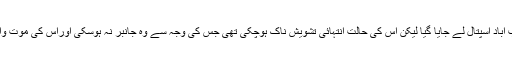
اسے جیکب آباد اسپتال لے جایا گیا لیکن اس کی حالت انتہائی تشویش ناک ہوچکی تھی جس کی وجہ سے وہ جانبر نہ ہوسکی اوراس کی موت واقعہ ہوگئی۔